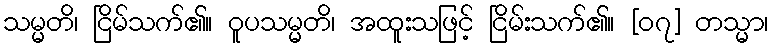
သမ္မတိ၊ ငြိမ်သက်၏။ ဝူပသမ္မတိ၊ အထူးသဖြင့် ငြိမ်းသက်၏။ [၀၇] တသ္မာ၊